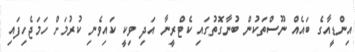
އިންޑީއާގެ ބައެއް ނޫސްތަކުން ބުނާގޮތުގައި ކެޓްރީނާ އަދި ވިކީ ކައިވެނި ކުރުމަށް ހަމަޖެހިފައި